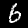
Label: 6